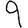
Digit: 9